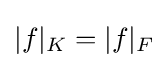
|f|_{K}=|f|_{F}